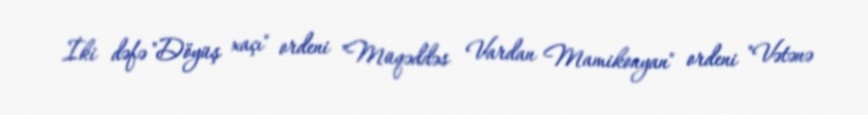
İki dəfə "Döyüş xaçı" ordeni "Müqəddəs Vardan Mamikonyan" ordeni "Vətənə